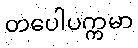
တပေါပက္ကမာ